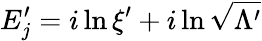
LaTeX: E_{j}^{\prime}=i\ln\xi^{\prime}+i\ln\sqrt{\Lambda^{\prime}}